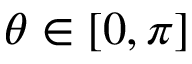
\theta \in [ 0 , \pi ]